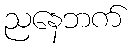
ညနေဘက်